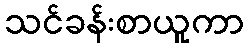
သင်ခန်းစာယူကာ